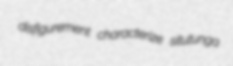
disfigurement characterize situtunga